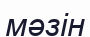
мәзін